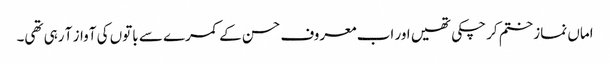
اماں نماز ختم کر چکی تھیں اور اب معروف حسن کے کمرے سے باتوں کی آواز آ رہی تھی۔